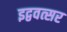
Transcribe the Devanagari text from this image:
इद्ववत्सर